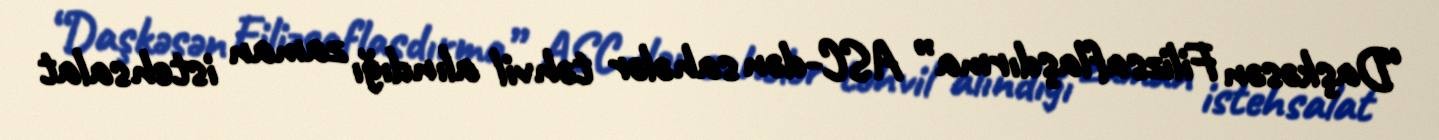
“Daşkəsən Filizsaflaşdırma” ASC-dən sahələr təhvil alındığı zaman istehsalat